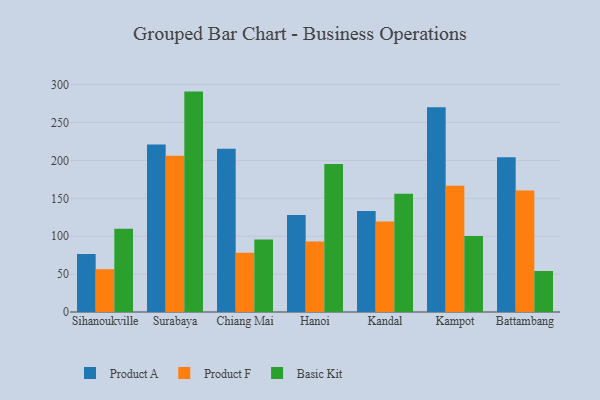
{"axis": {"x": "City", "y": "Gross Profit (USD K)"}, "legend": ["Basic Kit", "Product A", "Product F"], "data": [{"x": "Sihanoukville", "y": 76.6, "type": "Product A"}, {"x": "Sihanoukville", "y": 56.5, "type": "Product F"}, {"x": "Sihanoukville", "y": 110.0, "type": "Basic Kit"}, {"x": "Surabaya", "y": 220.9, "type": "Product A"}, {"x": "Surabaya", "y": 206.0, "type": "Product F"}, {"x": "Surabaya", "y": 290.8, "type": "Basic Kit"}, {"x": "Chiang Mai", "y": 215.3, "type": "Product A"}, {"x": "Chiang Mai", "y": 78.1, "type": "Product F"}, {"x": "Chiang Mai", "y": 95.8, "type": "Basic Kit"}, {"x": "Hanoi", "y": 128.1, "type": "Product A"}, {"x": "Hanoi", "y": 93.0, "type": "Product F"}, {"x": "Hanoi", "y": 195.2, "type": "Basic Kit"}, {"x": "Kandal", "y": 133.2, "type": "Product A"}, {"x": "Kandal", "y": 119.3, "type": "Product F"}, {"x": "Kandal", "y": 155.9, "type": "Basic Kit"}, {"x": "Kampot", "y": 270.3, "type": "Product A"}, {"x": "Kampot", "y": 166.6, "type": "Product F"}, {"x": "Kampot", "y": 100.3, "type": "Basic Kit"}, {"x": "Battambang", "y": 204.2, "type": "Product A"}, {"x": "Battambang", "y": 160.3, "type": "Product F"}, {"x": "Battambang", "y": 54.1, "type": "Basic Kit"}]}